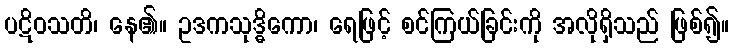
ပဋိဝသတိ၊ နေ၏။ ဥဒကသုဒ္ဓိကော၊ ရေဖြင့် စင်ကြယ်ခြင်းကို အလိုရှိသည် ဖြစ်၍။